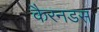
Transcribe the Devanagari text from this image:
कैरनडस